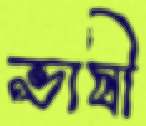
ভাষী